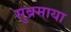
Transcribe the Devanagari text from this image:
सुब्रमाया